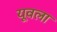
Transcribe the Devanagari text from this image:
यूवला